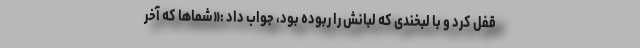
قفل کرد و با لبخندی که لبانش را ربوده بود، جواب داد :«شماها که آخر